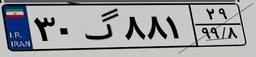
۳۰گ۸۸۱۲۹